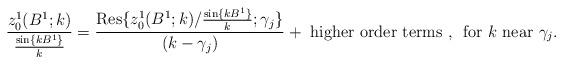
LaTeX: \begin{align*}\frac{z_0^1(B^1;k)}{\frac{\sin\{kB^1\}}{k}}=\frac{{\rm Res}\{z_0^1(B^1;k)/\frac{\sin\{kB^1\}}{k};\gamma_j\}}{(k-\gamma_j)}+{\mbox{ higher order terms }},\, \mbox{ for }k\mbox{ near }\gamma_j.\end{align*}